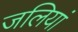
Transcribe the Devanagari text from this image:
जलियां